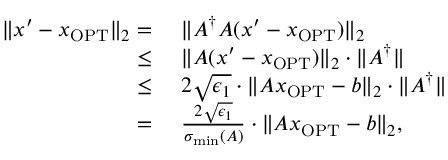
\begin{array} { r l } { \| x ^ { \prime } - x _ { \mathrm { O P T } } \| _ { 2 } = } & { ~ \| A ^ { \dagger } A ( x ^ { \prime } - x _ { \mathrm { O P T } } ) \| _ { 2 } } \\ { \leq } & { ~ \| A ( x ^ { \prime } - x _ { \mathrm { O P T } } ) \| _ { 2 } \cdot \| A ^ { \dagger } \| } \\ { \leq } & { ~ 2 \sqrt { \epsilon _ { 1 } } \cdot \| A x _ { \mathrm { O P T } } - b \| _ { 2 } \cdot \| A ^ { \dagger } \| } \\ { = } & { ~ \frac { 2 \sqrt { \epsilon _ { 1 } } } { \sigma _ { \operatorname* { m i n } } ( A ) } \cdot \| A x _ { \mathrm { O P T } } - b \| _ { 2 } , } \end{array}